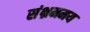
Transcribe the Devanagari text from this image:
संभ्रममय